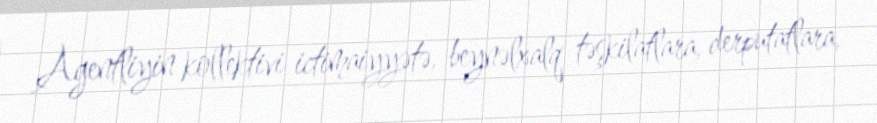
Agentliyin kollektivi ictimaiyyətə, beynəlxalq təşkilatlara, derputatlara,